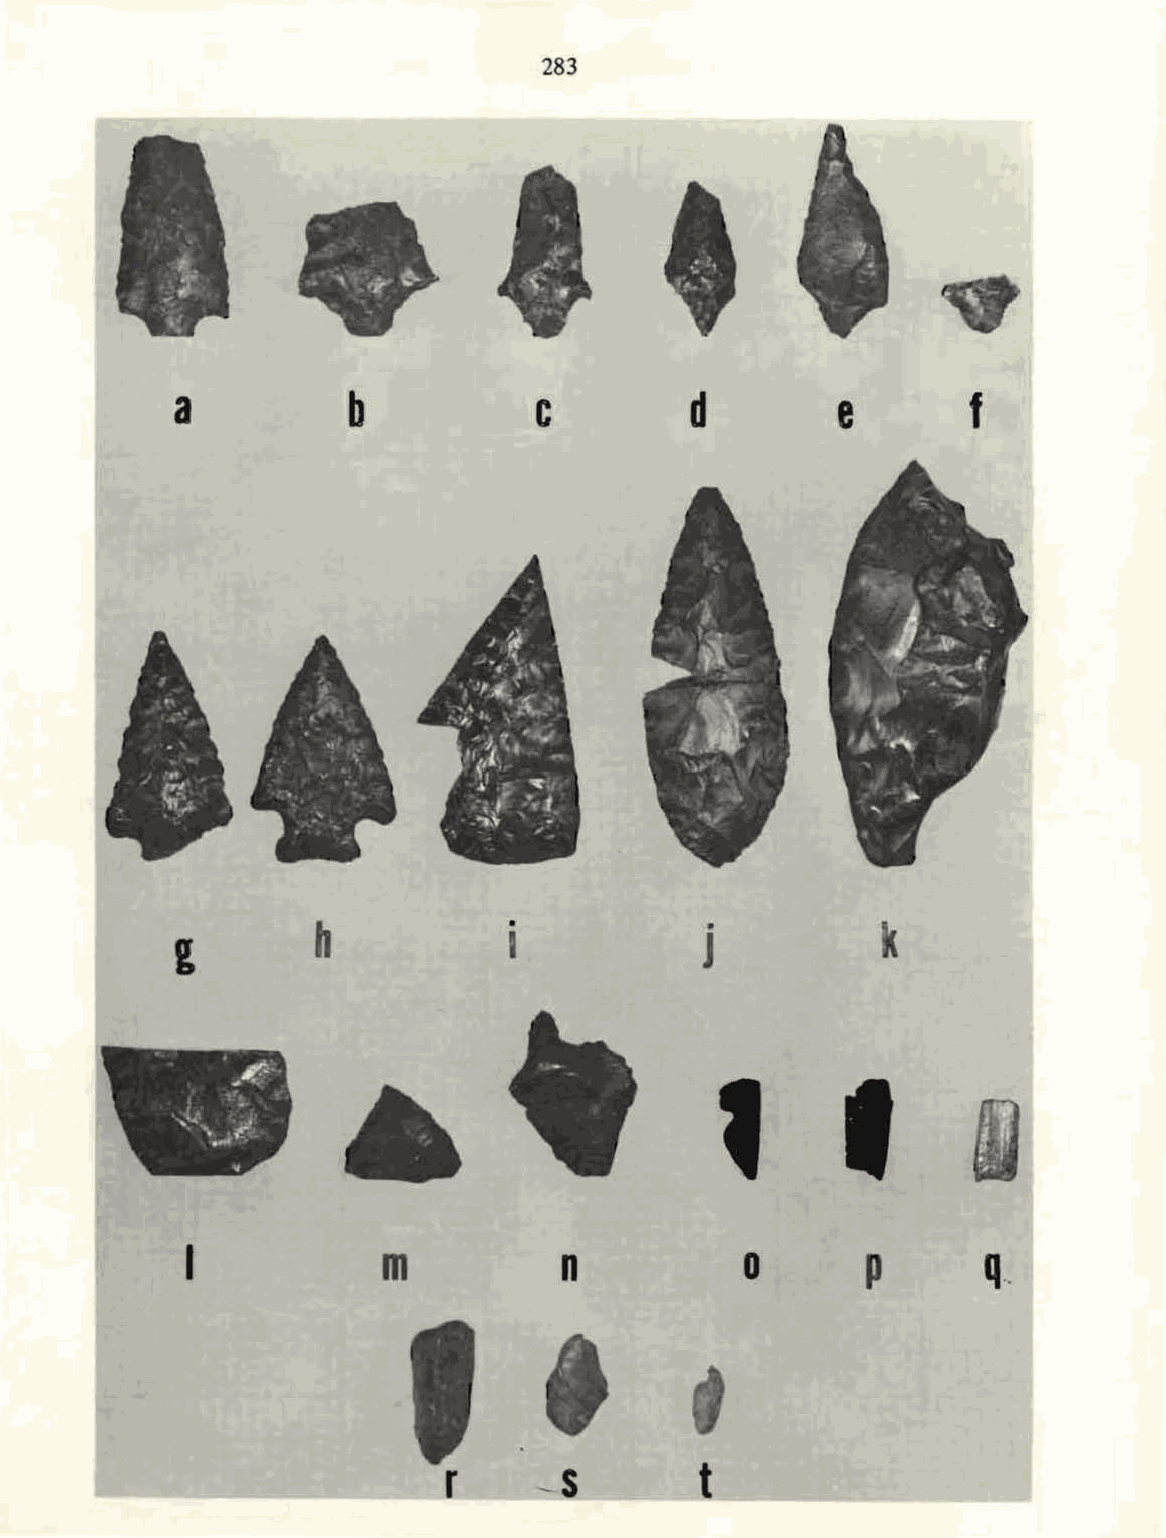
283
 a          b            c         d         e       f
 h            •            •           k
 I            J
 I            m           n                   p      q__
 0
 r     -s         t
 --------                                 ______             __1